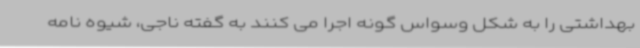
بهداشتی را به شکل وسواس گونه اجرا می کنند به گفته ناجی، شیوه نامه